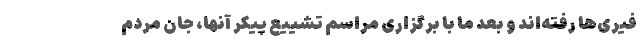
فیری‌ها رفته‌اند و بعد ما با برگزاری مراسم تشییع پیکر آنها، جان مردم